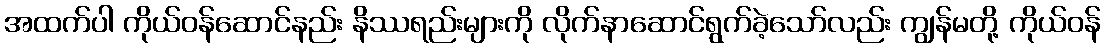
အထက်ပါ ကိုယ်ဝန်ဆောင်နည်း နိဿရည်းများကို လိုက်နာဆောင်ရွက်ခဲ့သော်လည်း ကျွန်မတို့ ကိုယ်ဝန်